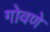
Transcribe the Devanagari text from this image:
गोवणे